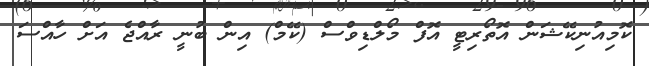
ކޮމިއުނިކޭޝަން އޮތޯރިޓީ އޮފް މޯލްޑިވްސް (ކޭމް) އިން ބުނީ ރާއްޖެ އަށް ހާއްސަ